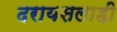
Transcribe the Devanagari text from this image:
दरायसलाही